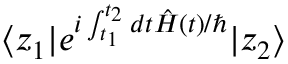
\langle z _ { 1 } | e ^ { i \int _ { t _ { 1 } } ^ { t _ { 2 } } d t \hat { H } ( t ) / \hbar } | z _ { 2 } \rangle